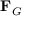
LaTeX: \mathbf { F } _ { G }